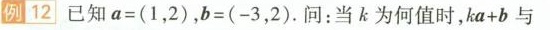
例12 已知$$a=( 1,2)$$ ，$$b=( -3,2) $$.问：当k为何值时，$$ka+b$$与